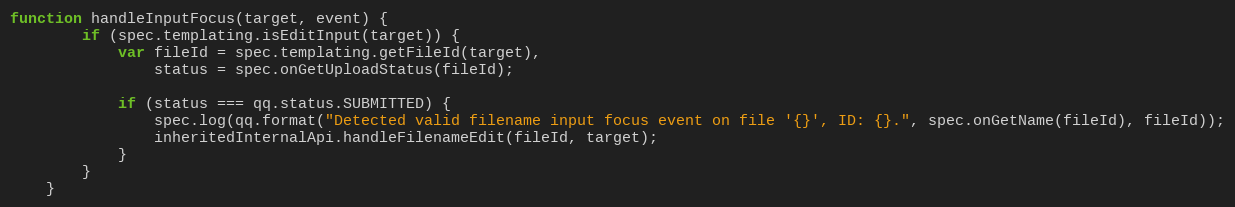
Language: JavaScript
function handleInputFocus(target, event) {
        if (spec.templating.isEditInput(target)) {
            var fileId = spec.templating.getFileId(target),
                status = spec.onGetUploadStatus(fileId);

            if (status === qq.status.SUBMITTED) {
                spec.log(qq.format("Detected valid filename input focus event on file '{}', ID: {}.", spec.onGetName(fileId), fileId));
                inheritedInternalApi.handleFilenameEdit(fileId, target);
            }
        }
    }